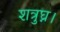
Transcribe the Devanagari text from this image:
शत्रुघ्न।